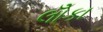
લોઁકા